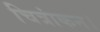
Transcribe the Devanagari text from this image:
चित्रांकन।